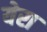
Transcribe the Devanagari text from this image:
येरा